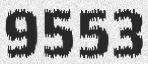
9553